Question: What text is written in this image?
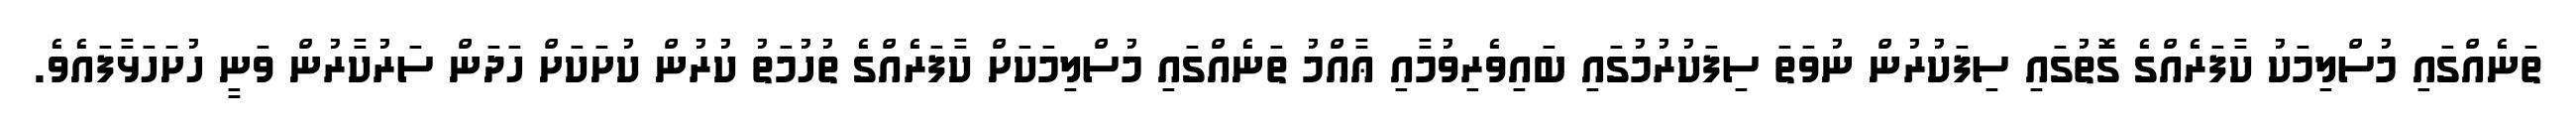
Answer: ތަނެއްގައި މުސްލިމަކު ކާފަރެއްގެ ގޮތުގައި ސިފަކުރުން ނުވަތަ ސިފަކުރުމުގައި ބައިވެރިވުމާއި ޢާއްމު ތަނެއްގައި މުސްލިމަކަށް ކާފަރެއްގެ ތުހުމަތު ކުރުން ކުށަކަށް ހަދަން ސަރުކާރުން ވަނީ ހުށަހަޅާފައެވެ.